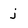
Character: j